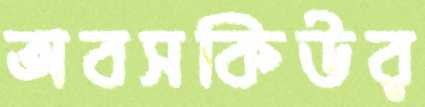
অবসকিউর